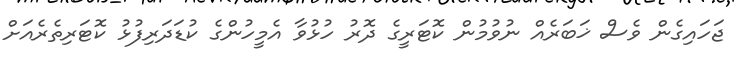
ޖަހައިގެން ވެސް ޚަބަރެއް ނުވުމުން ކޮޓަރީގެ ދޮރު ހުޅުވާ އެމީހުންގެ ކުޑަދަރިފުޅު ކޮޓަރިތެރެއަށް